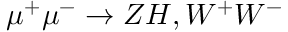
\mu ^ { + } \mu ^ { - } \to Z H , W ^ { + } W ^ { - }